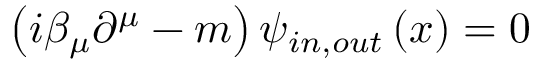
\left( i \beta _ { \mu } \partial ^ { \mu } - m \right) \psi _ { i n , o u t } \left( x \right) = 0